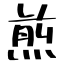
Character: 煎